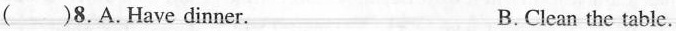
( )8.A.Have dinner.B.Clean the table.